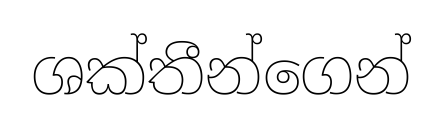
ශක්තීන්ගෙන්